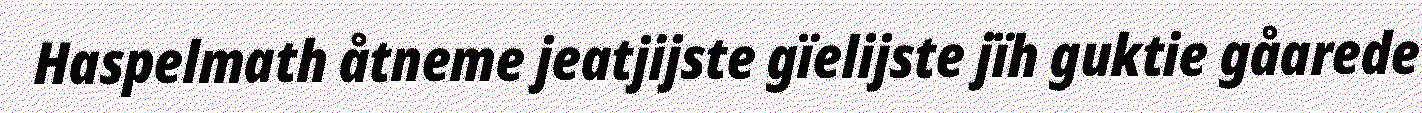
Haspelmath åtneme jeatjijste gïelijste jïh guktie gåarede